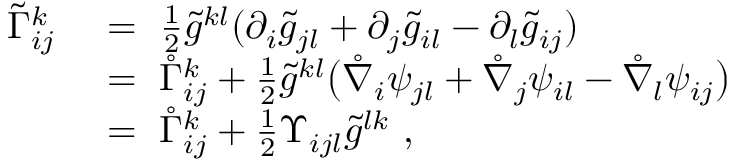
\begin{array} { r l } { \tilde { \Gamma } _ { i j } ^ { k } \ } & { = \ \frac 1 2 \tilde { g } ^ { k l } ( \partial _ { i } \tilde { g } _ { j l } + \partial _ { j } \tilde { g } _ { i l } - \partial _ { l } \tilde { g } _ { i j } ) } \\ & { = \ \mathring { \Gamma } _ { i j } ^ { k } + \frac 1 2 \tilde { g } ^ { k l } \big ( \mathring { \nabla } _ { i } \psi _ { j l } + \mathring { \nabla } _ { j } \psi _ { i l } - \mathring { \nabla } _ { l } \psi _ { i j } \big ) } \\ & { = \ \mathring { \Gamma } _ { i j } ^ { k } + \frac 1 2 \Upsilon _ { i j l } \tilde { g } ^ { l k } ~ , } \end{array}